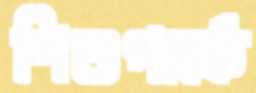
শিশুপার্কে